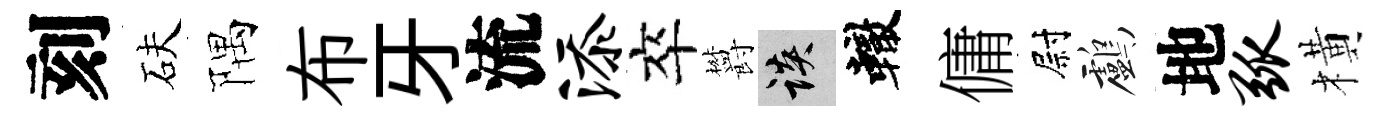
刻砆隅布牙流添卒欝談轍傭尉鸕地弧橫